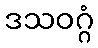
ဒသဝဂ္ဂံ